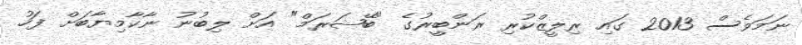
ނަމަވެސް 2013 ގައި ރިލީޒްކުރި ރަންބީރުގެ "ބޭޝަރަމް" އަށް ލިބުނު ނާކާމިޔާބަށް ފަހު